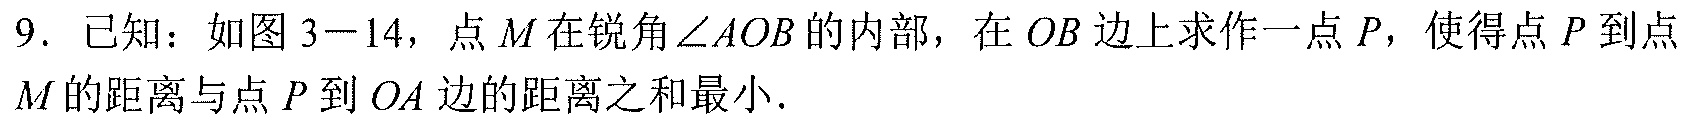
9. 已知：如图3−14，点\(M\)在锐角\(\angle AOB\)的内部，在\(OB\)边上求作一点\(P\)，使得点\(P\)到点\(M\)的距离与点\(P\)到\(OA\)边的距离之和最小.